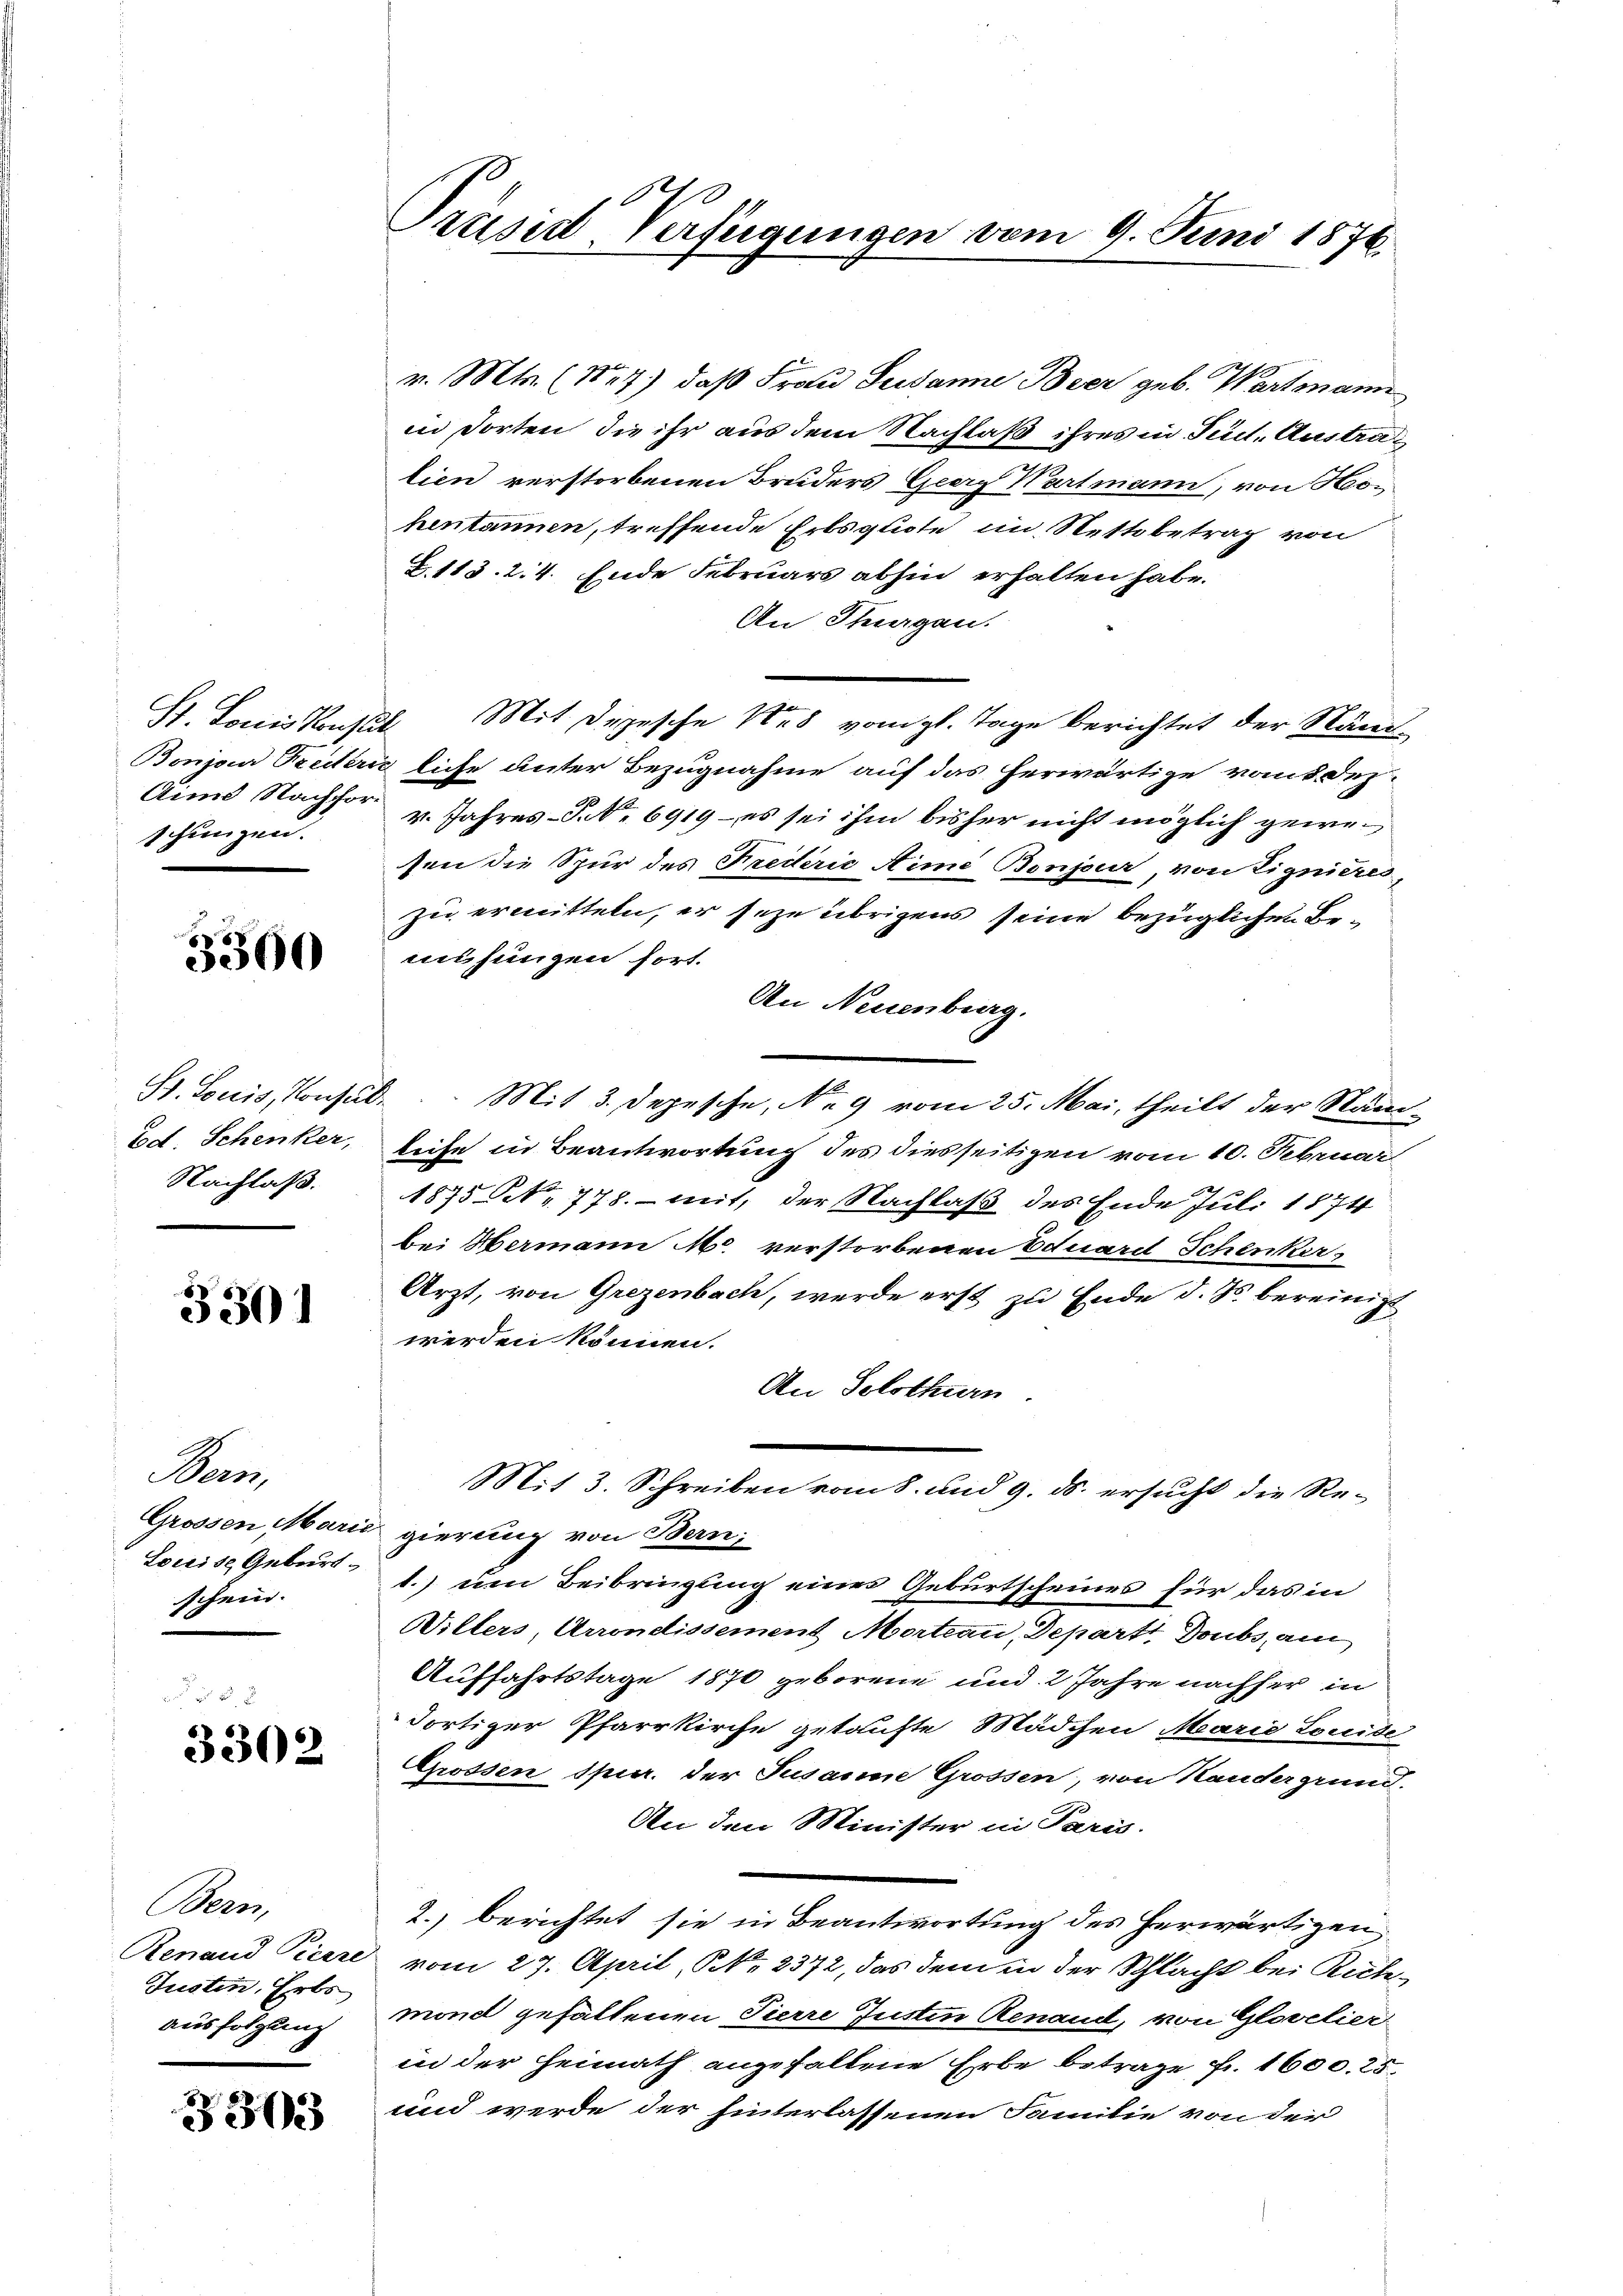
Prüsid, Verfügungen vom 9. Juni 1876.

v. Mts. (Nr. 7) daß Frau Susanne Beer geb. Wartmann
in dorten, die ihr aus dem Nachlaß ihres in Pact. Australien verstorbenen Bruders Georg Wartmann, von Hohentannen, treffende Erbsquote im Rettbetrag von
Z. 113. 2. 4. Ende Februars abhin erhalten habe.
An Thurgau.
St. Louis Konsul Mit Depesche des vom gl. Tage berichtet der Ständ-
Bonja Freierliche unter Bezugnahme auf das herwärtige vom 8. Dez.
Aim Nachfor- u. Jahres-P. Nr. 6919 - es sei ihm bisher nicht möglich gewesen die Spur des Frederić Aime Bonjeur, von Lignieres,
zu ermitteln, er seze übrigens seine bezüglichen Bemusungen fort.
An Neuenburg.
Mit 3. Depesche, No 9 vom 25. Mai, theilt der Näm-
leise in Beantwortung des diesseitigen vom 10. Februar
1875 No 778. mit, der Nachlaß des Ende Juli 1874
bei Hermann M. verstorbenen Eduard Schenker
Arzt, von Grezenbach, werde erst zu Ende d. Js. bereinigt
werden können.
An Solothurn.
Mit 3. Schreiben vom 8. und 9. ds. ersucht die Regierung von Bern;
1.) um Beibringung eines Geburtscheines für das in
Willers, Arrondissement Morteau, Departe Doubs am
Auffahrtstage 1870 geborene und 2 Jahre nachher in
dortiger Pfarrkirche getaufte Mädchen Marie Louide
Grossen spur. der Jusanne Grossen, von Kandergrund.
An den Minister in Paris
2.) berichtet sie in Beantwortung des herwärtigen,
vom 27. April, N. 2372, das dem in der Schlacht bei Richmond gehaltenen Tierre Justin Renaud, von Glorelier
in der Heimath angefallene Erbe betrage fr. 1600. 25
und werde der hinterlassenen Familie von der

schungen.

3300

St. Louis, Konsul¬
Tod. Schenker,
Nachlaß.

3301

Bern,
Grossen Marie
Louise Geburt
schein.

3302

Bern,
Renaud Pierre
Tusten, Erbs
ausfolgung

3303